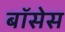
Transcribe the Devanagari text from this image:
बॉसेस